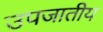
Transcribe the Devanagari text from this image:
उपजातीय